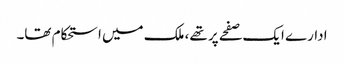
ادارے ایک صفحے پر تھے، ملک میں استحکام تھا۔